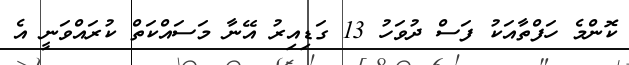
ކޮންމެ ހަފްތާއަކު ފަސް ދުވަހު 13 ގަޑިއިރު އޭނާ މަސައްކަތް ކުރައްވަނީ އެ